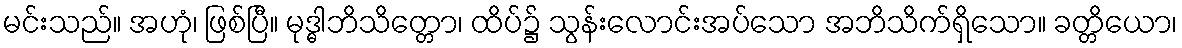
မင်းသည်။ အဟုံ၊ ဖြစ်ပြီ။ မုဒ္ဓါဘိသိတ္တော၊ ထိပ်၌ သွန်းလောင်းအပ်သော အဘိသိက်ရှိသော။ ခတ္တိယော၊